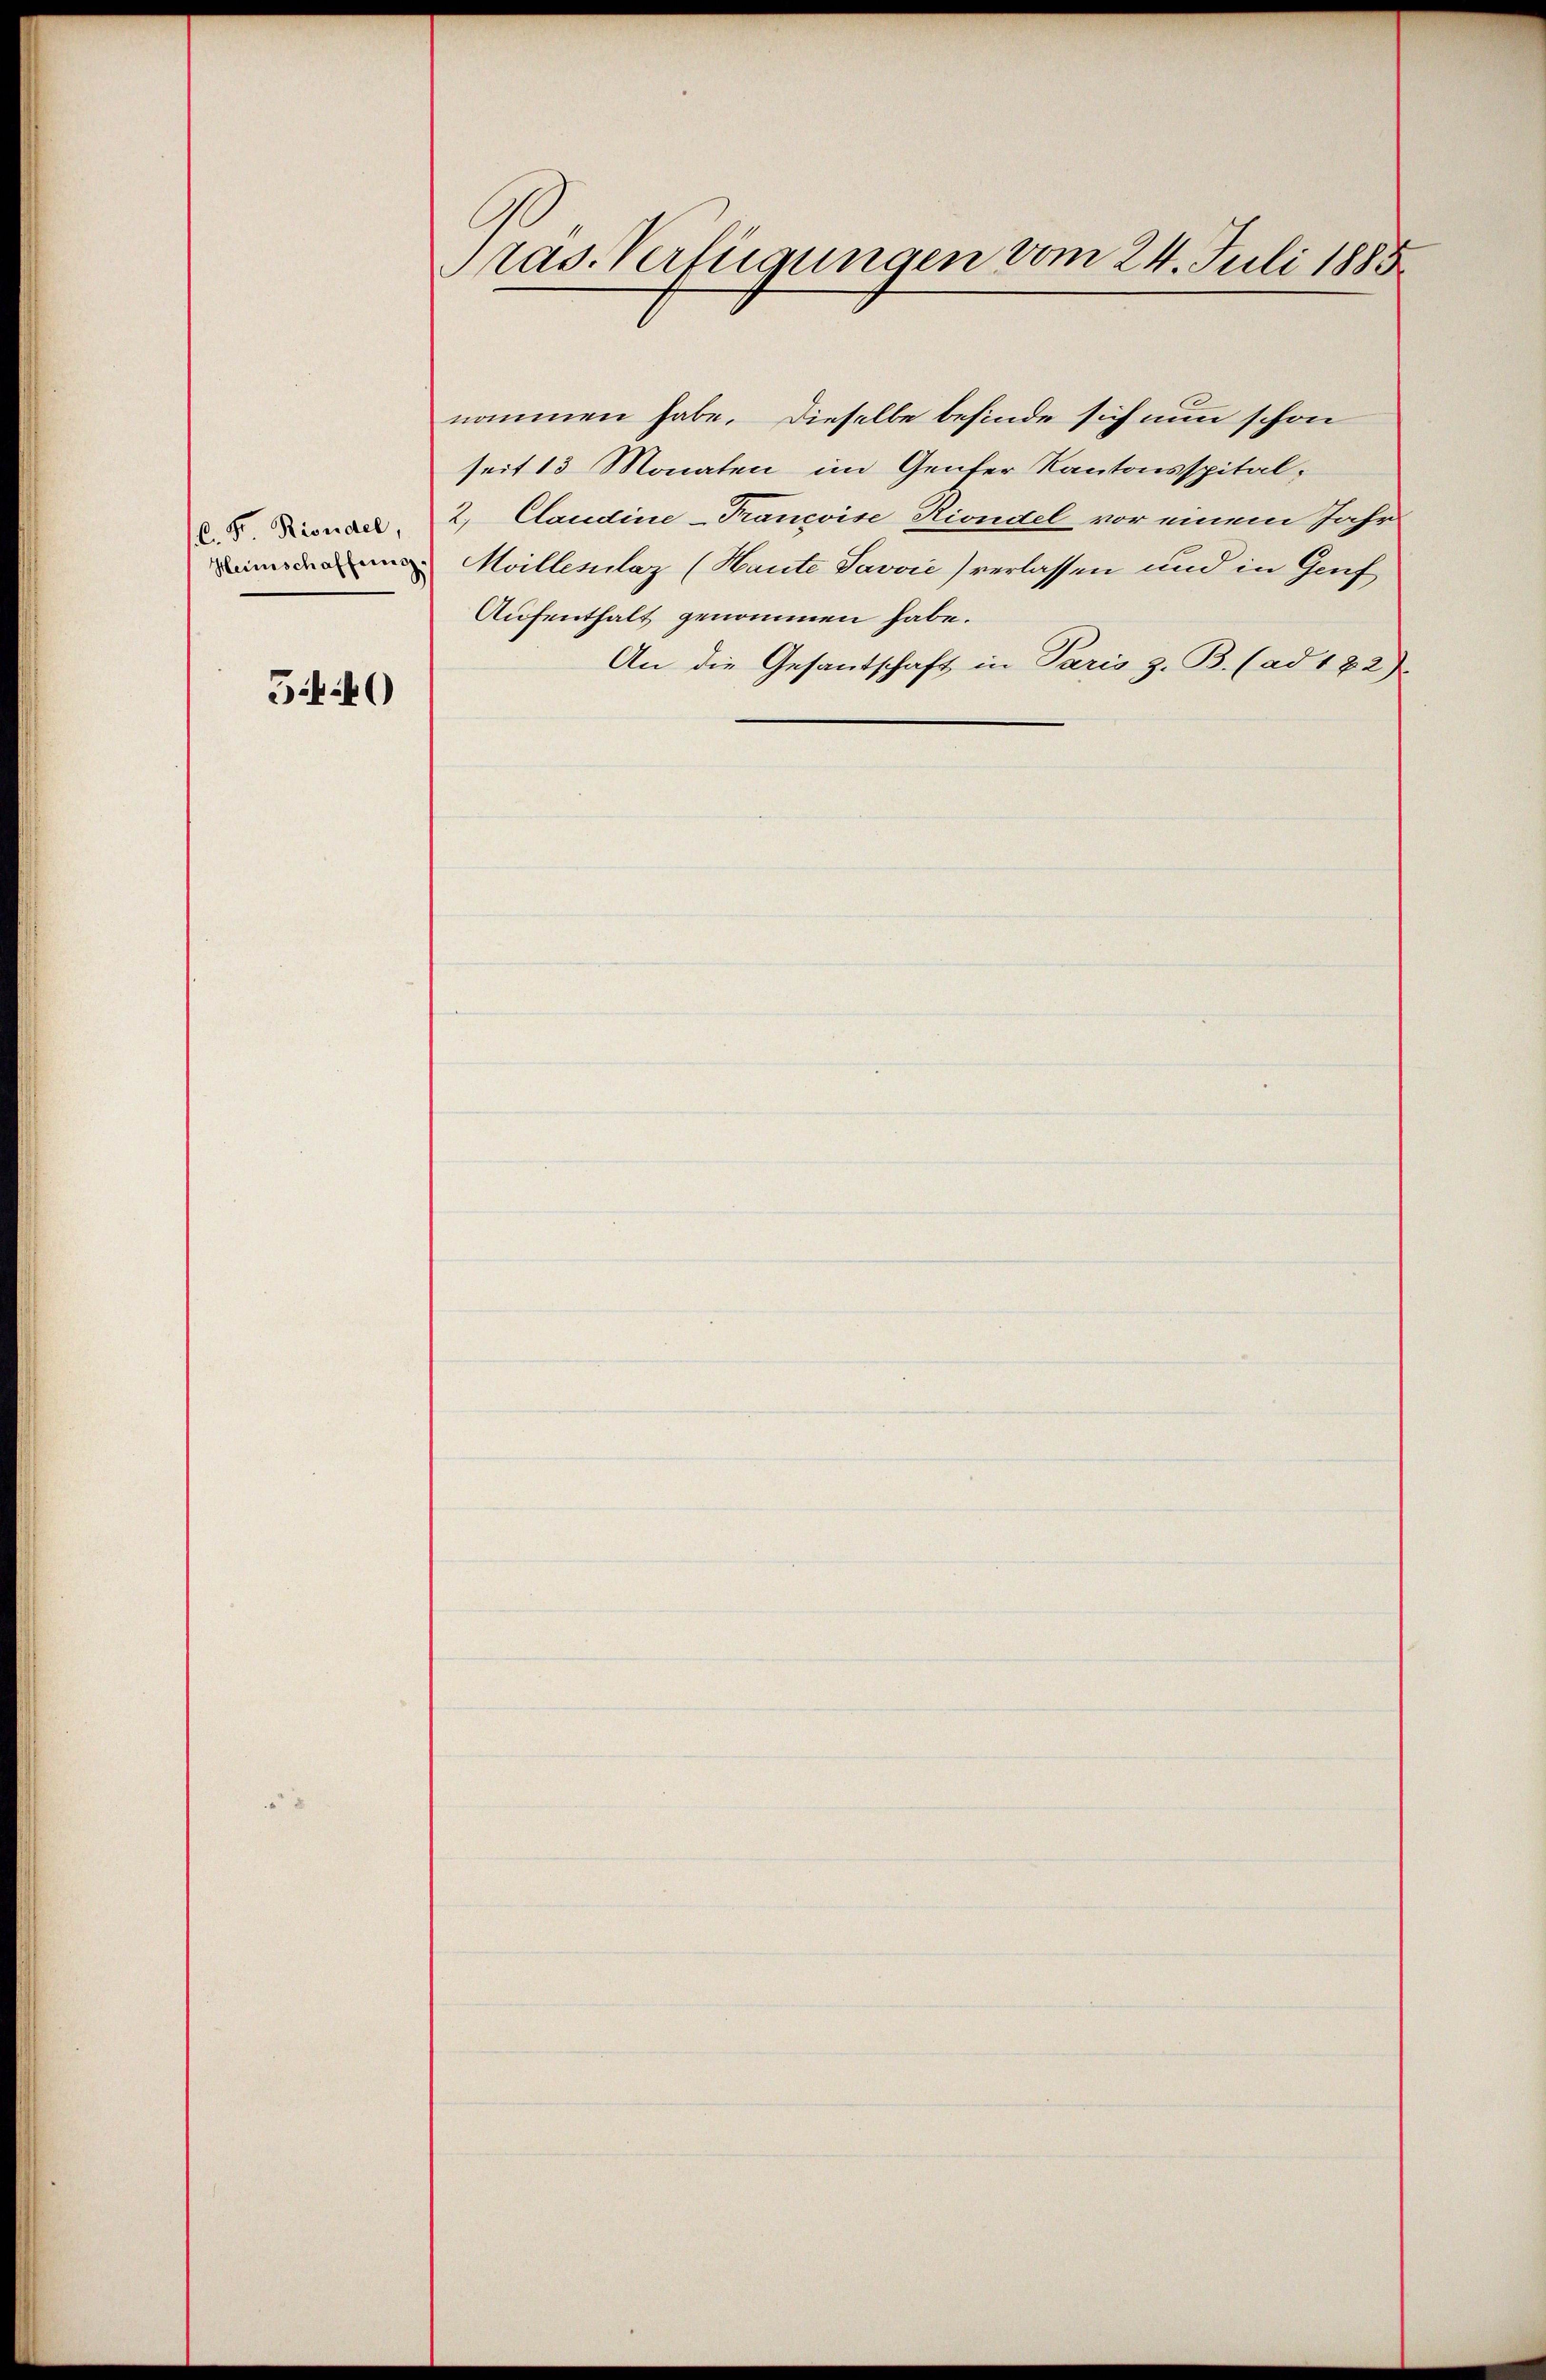
C. F. Rindel,
Heimschaffung

5:40

ras. Verfügungen vom 24. Juli 1885

seit 13 Monaten im Genfer Kantonsspital,
2. Claudine-Trancoise Riondel vor einem Jahr
Moillesclaz (Haute Javvić) verlassen und in Gruf
Aufenthalt genommen habe.
An die Gesantschaft in Paris z. B. (ad 182).

nommen habe. Dieselbe befinde sich nun schon